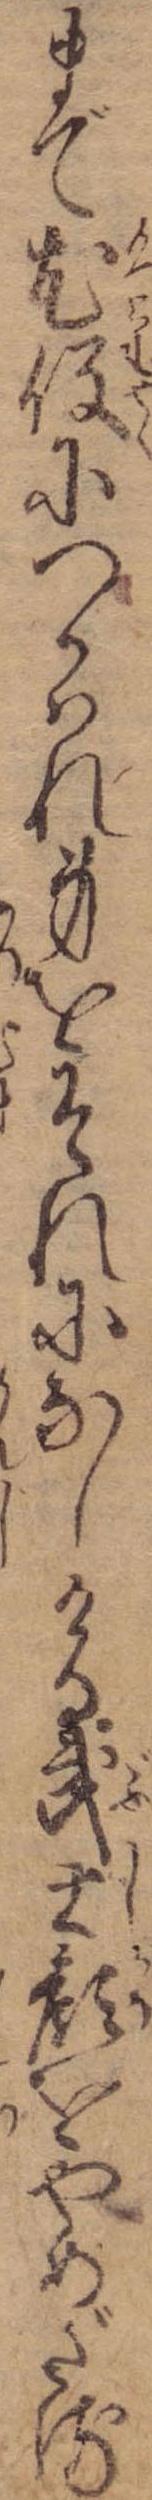
まで尤役につかはれ身をそれになしける武士顔をやめざる